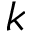
k